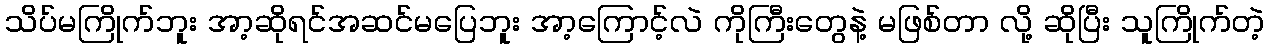
သိပ်မကြိုက်ဘူး အာ့ဆိုရင်အဆင်မပြေဘူး အာ့ကြောင့်လဲ ကိုကြီးတွေနဲ့ မဖြစ်တာ လို့ ဆိုပြီး သူကြိုက်တဲ့